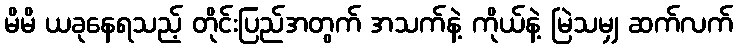
မိမိ ယခုနေရသည့် တိုင်းပြည်အတွက် အသက်နဲ့ ကိုယ်နဲ့ မြဲသမျှ ဆက်လက်